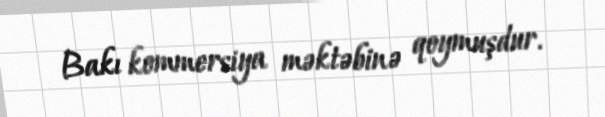
Bakı kommersiya məktəbinə qoymuşdur.